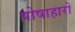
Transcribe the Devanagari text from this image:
पोषाहारों